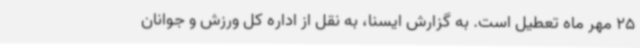
25 مهر ماه تعطیل است. به گزارش ایسنا، به نقل از اداره کل ورزش و جوانان